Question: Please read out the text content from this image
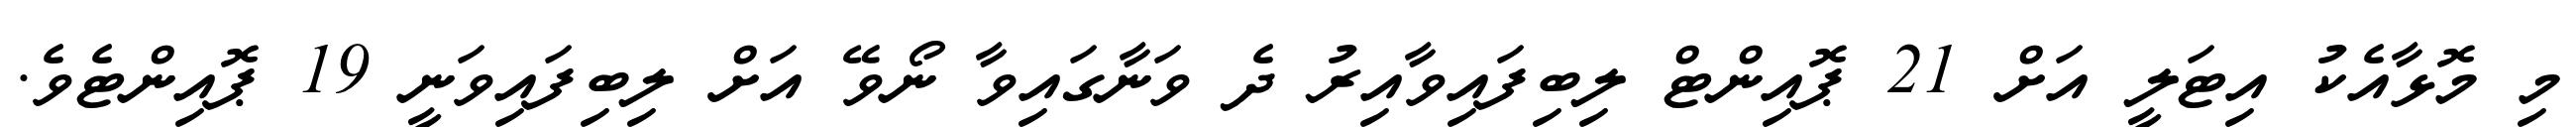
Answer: މި މޮޅާއެކު އިޓަލީ އަށް 21 ޕޮއިންޓް ލިބިފައިވާއިރު ދެ ވަނާގައިވާ ނޯވޭ އަށް ލިބިފައިވަނީ 19 ޕޮއިންޓެވެ.